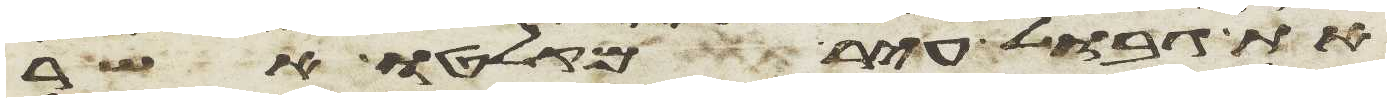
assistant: את גבול עיר מקלטו אשר